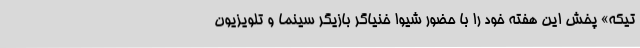
تیکه» پخش این هفته خود را با حضور شیوا خنیاگر بازیگر سینما و تلویزیون